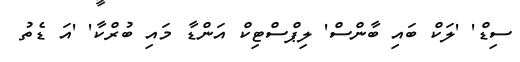
ސިޑް' 'ލަކް ބައި ބާންސް' ލިޕްސްޓިކް އަންޑާ މައި ބުރްކާ' 'އަ ޑެތު